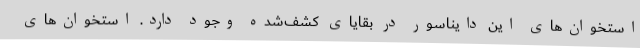
استخوان‌های این دایناسور در بقایای کشف‌شده وجود دارد. استخوان‌های